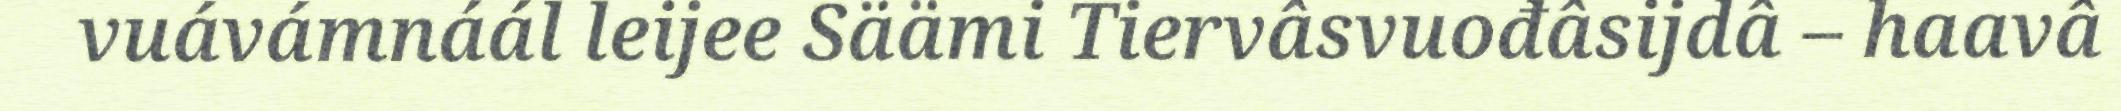
vuávámnáál leijee Säämi Tiervâsvuođâsijdâ – haavâ